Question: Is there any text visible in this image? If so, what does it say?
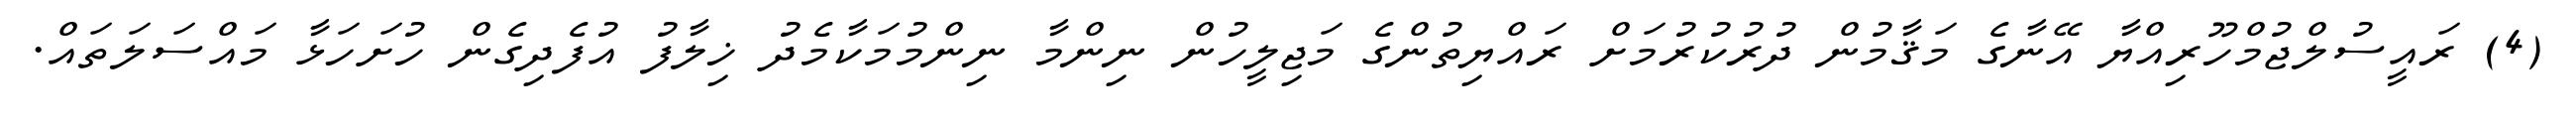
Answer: (4) ރައީސުލްޖުމްހޫރިއްޔާ އޭނާގެ މަޤާމުން ދުރުކުރުމަށް ރައްޔިތުންގެ މަޖިލީހުން ނިންމާ ނިންމުމަކާމެދު ޚިލާފު އުފެދިގެން ހުށަހަޅާ މައްސަލަތައް.